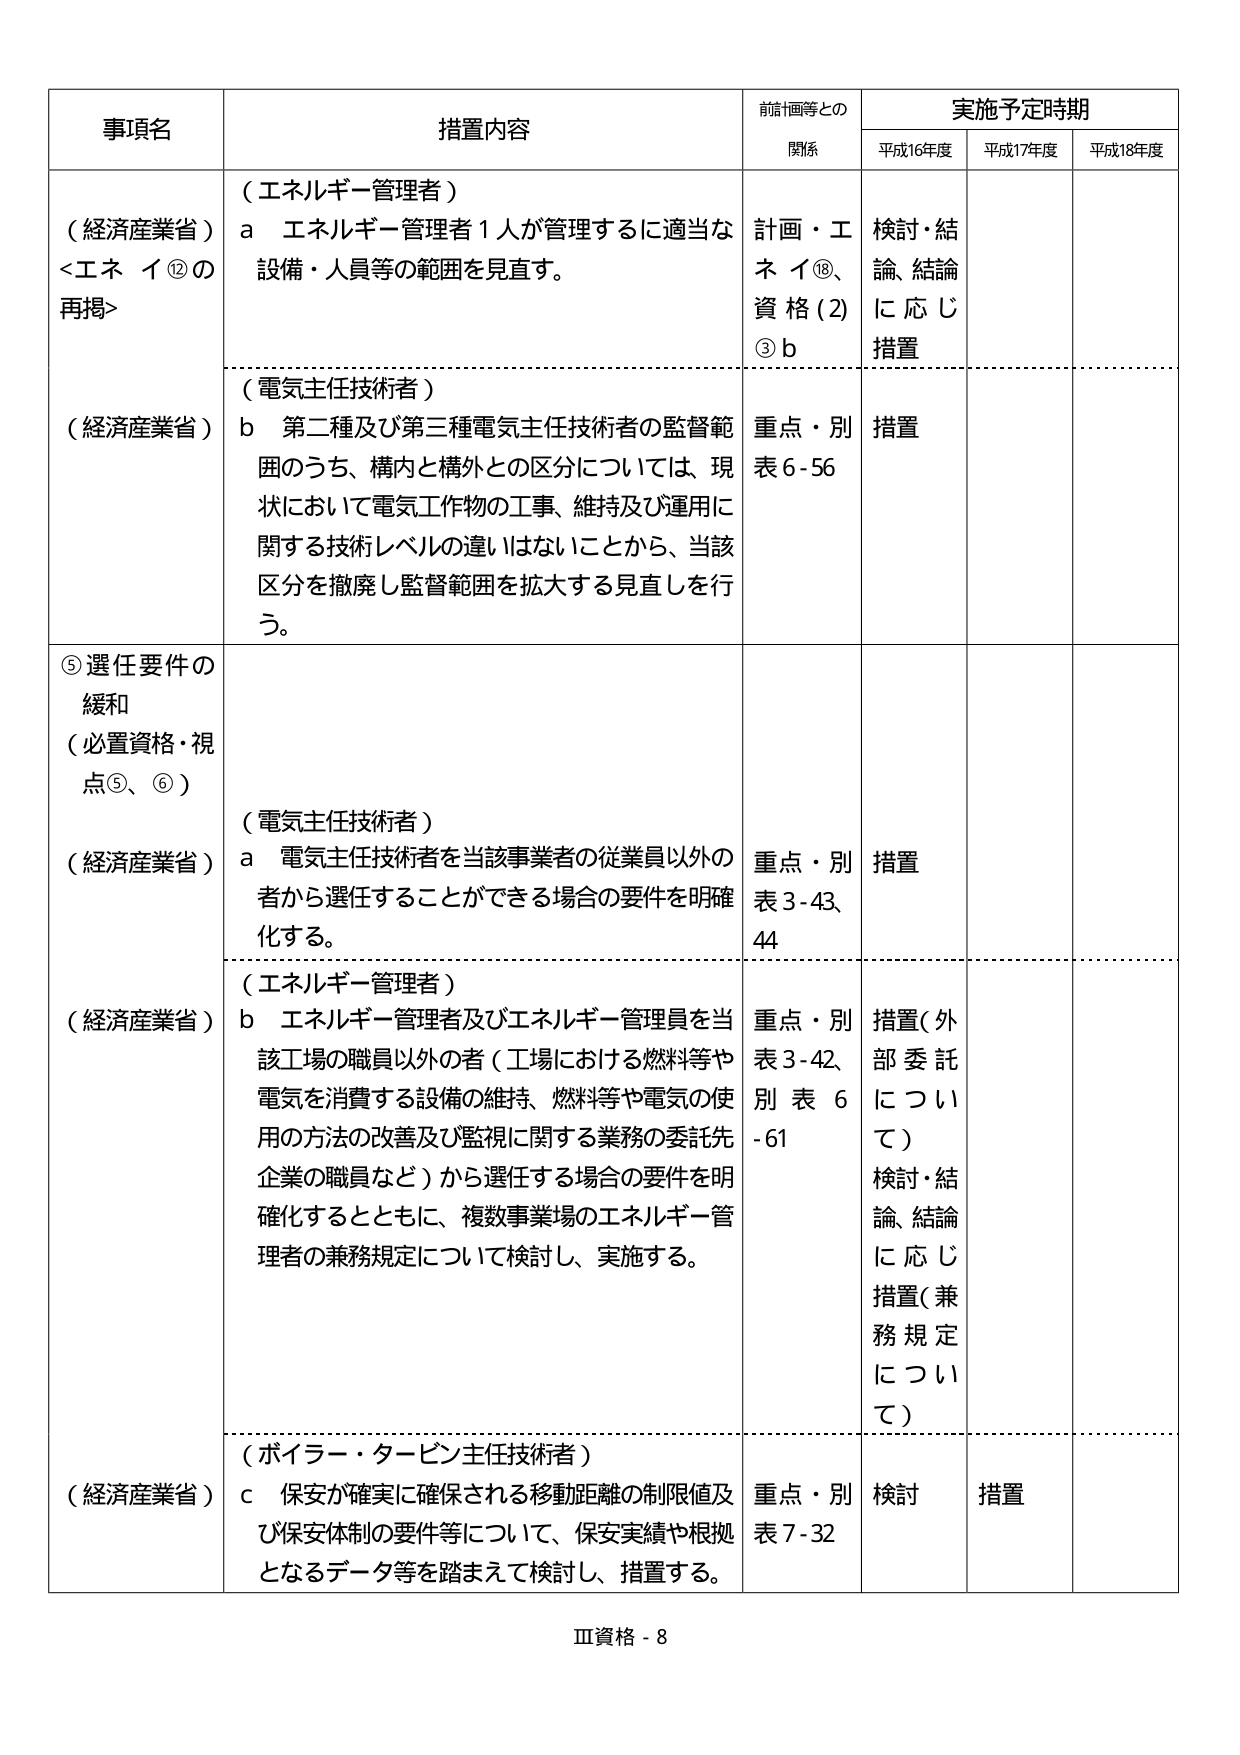
事項名
（経済産業省）
<エネ イ⑫の
再掲>
（経済産業省）
⑤選任要件の
緩和
（必置資格・視
点⑤、⑥）
（経済産業省）
（経済産業省）
（経済産業省）
措置内容
（エネルギー管理者）
a エネルギー管理者１人が管理するに適当な
設備・人員等の範囲を見直す。
（電気主任技術者）
b 第二種及び第三種電気主任技術者の監督範
囲のうち、構内と構外との区分については、現
状において電気工作物の工事、維持及び運用に
関する技術レベルの違いはないことから、当該
区分を撤廃し監督範囲を拡大する見直しを行
う。
（電気主任技術者）
a 電気主任技術者を当該事業者の従業員以外の
者から選任することができる場合の要件を明確
化する。
（エネルギー管理者）
b エネルギー管理者及びエネルギー管理員を当
該工場の職員以外の者（工場における燃料等や
電気を消費する設備の維持、燃料等や電気の使
用の方法の改善及び監視に関する業務の委託先
企業の職員など）から選任する場合の要件を明
確化するとともに、複数事業場のエネルギー管
理者の兼務規定について検討し、実施する。
（ボイラー・タービン主任技術者）
c 保安が確実に確保される移動距離の制限値及
び保安体制の要件等について、保安実績や根拠
となるデータ等を踏まえて検討し、措置する。
前計画等との
関係
計画・エネイ⑱、
資格(2)
③b
重点・別
表6-56
重点・別
表3-43、
44
重点・別
表3-42、
別表6
-61
重点・別
表7-32
実施予定時期
平成16年度
検討・結
論、結論
に応じ
措置
措置
措置
措置（外
部委託
について）
検討・結
論、結論
に応じ
措置（兼
務規定
について）
検討
措置
平成17年度
平成18年度
Ⅲ資格-8